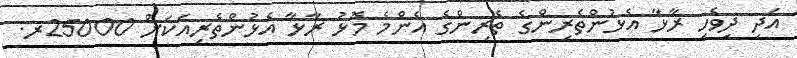
އަދި ދިވެހި ރާޅާ އެޅުންތެރިންގެ ތެރިންގެ އެންމެ މޮޅު ރާޅާ އެޅުންތެރިއަކަށް 25000ރ.